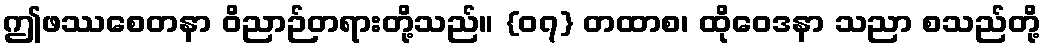
ဤဖဿစေတနာ ဝိညာဉ်တရားတို့သည်။ {၀၇} တထာစ၊ ထိုဝေဒနာ သညာ စသည်တို့